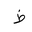
Letter: _za